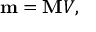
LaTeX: \mathbf { m } = \mathbf { M } V ,